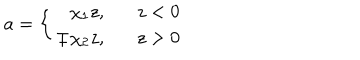
LaTeX: a = \left\{ \begin{array} { r l } { { \chi _ { 1 } z , } } & { { \; \ \ z < 0 } } \\ { { \mp \chi _ { 2 } z , } } & { { \; \ \ z > 0 } } \\ \end{array} \right.